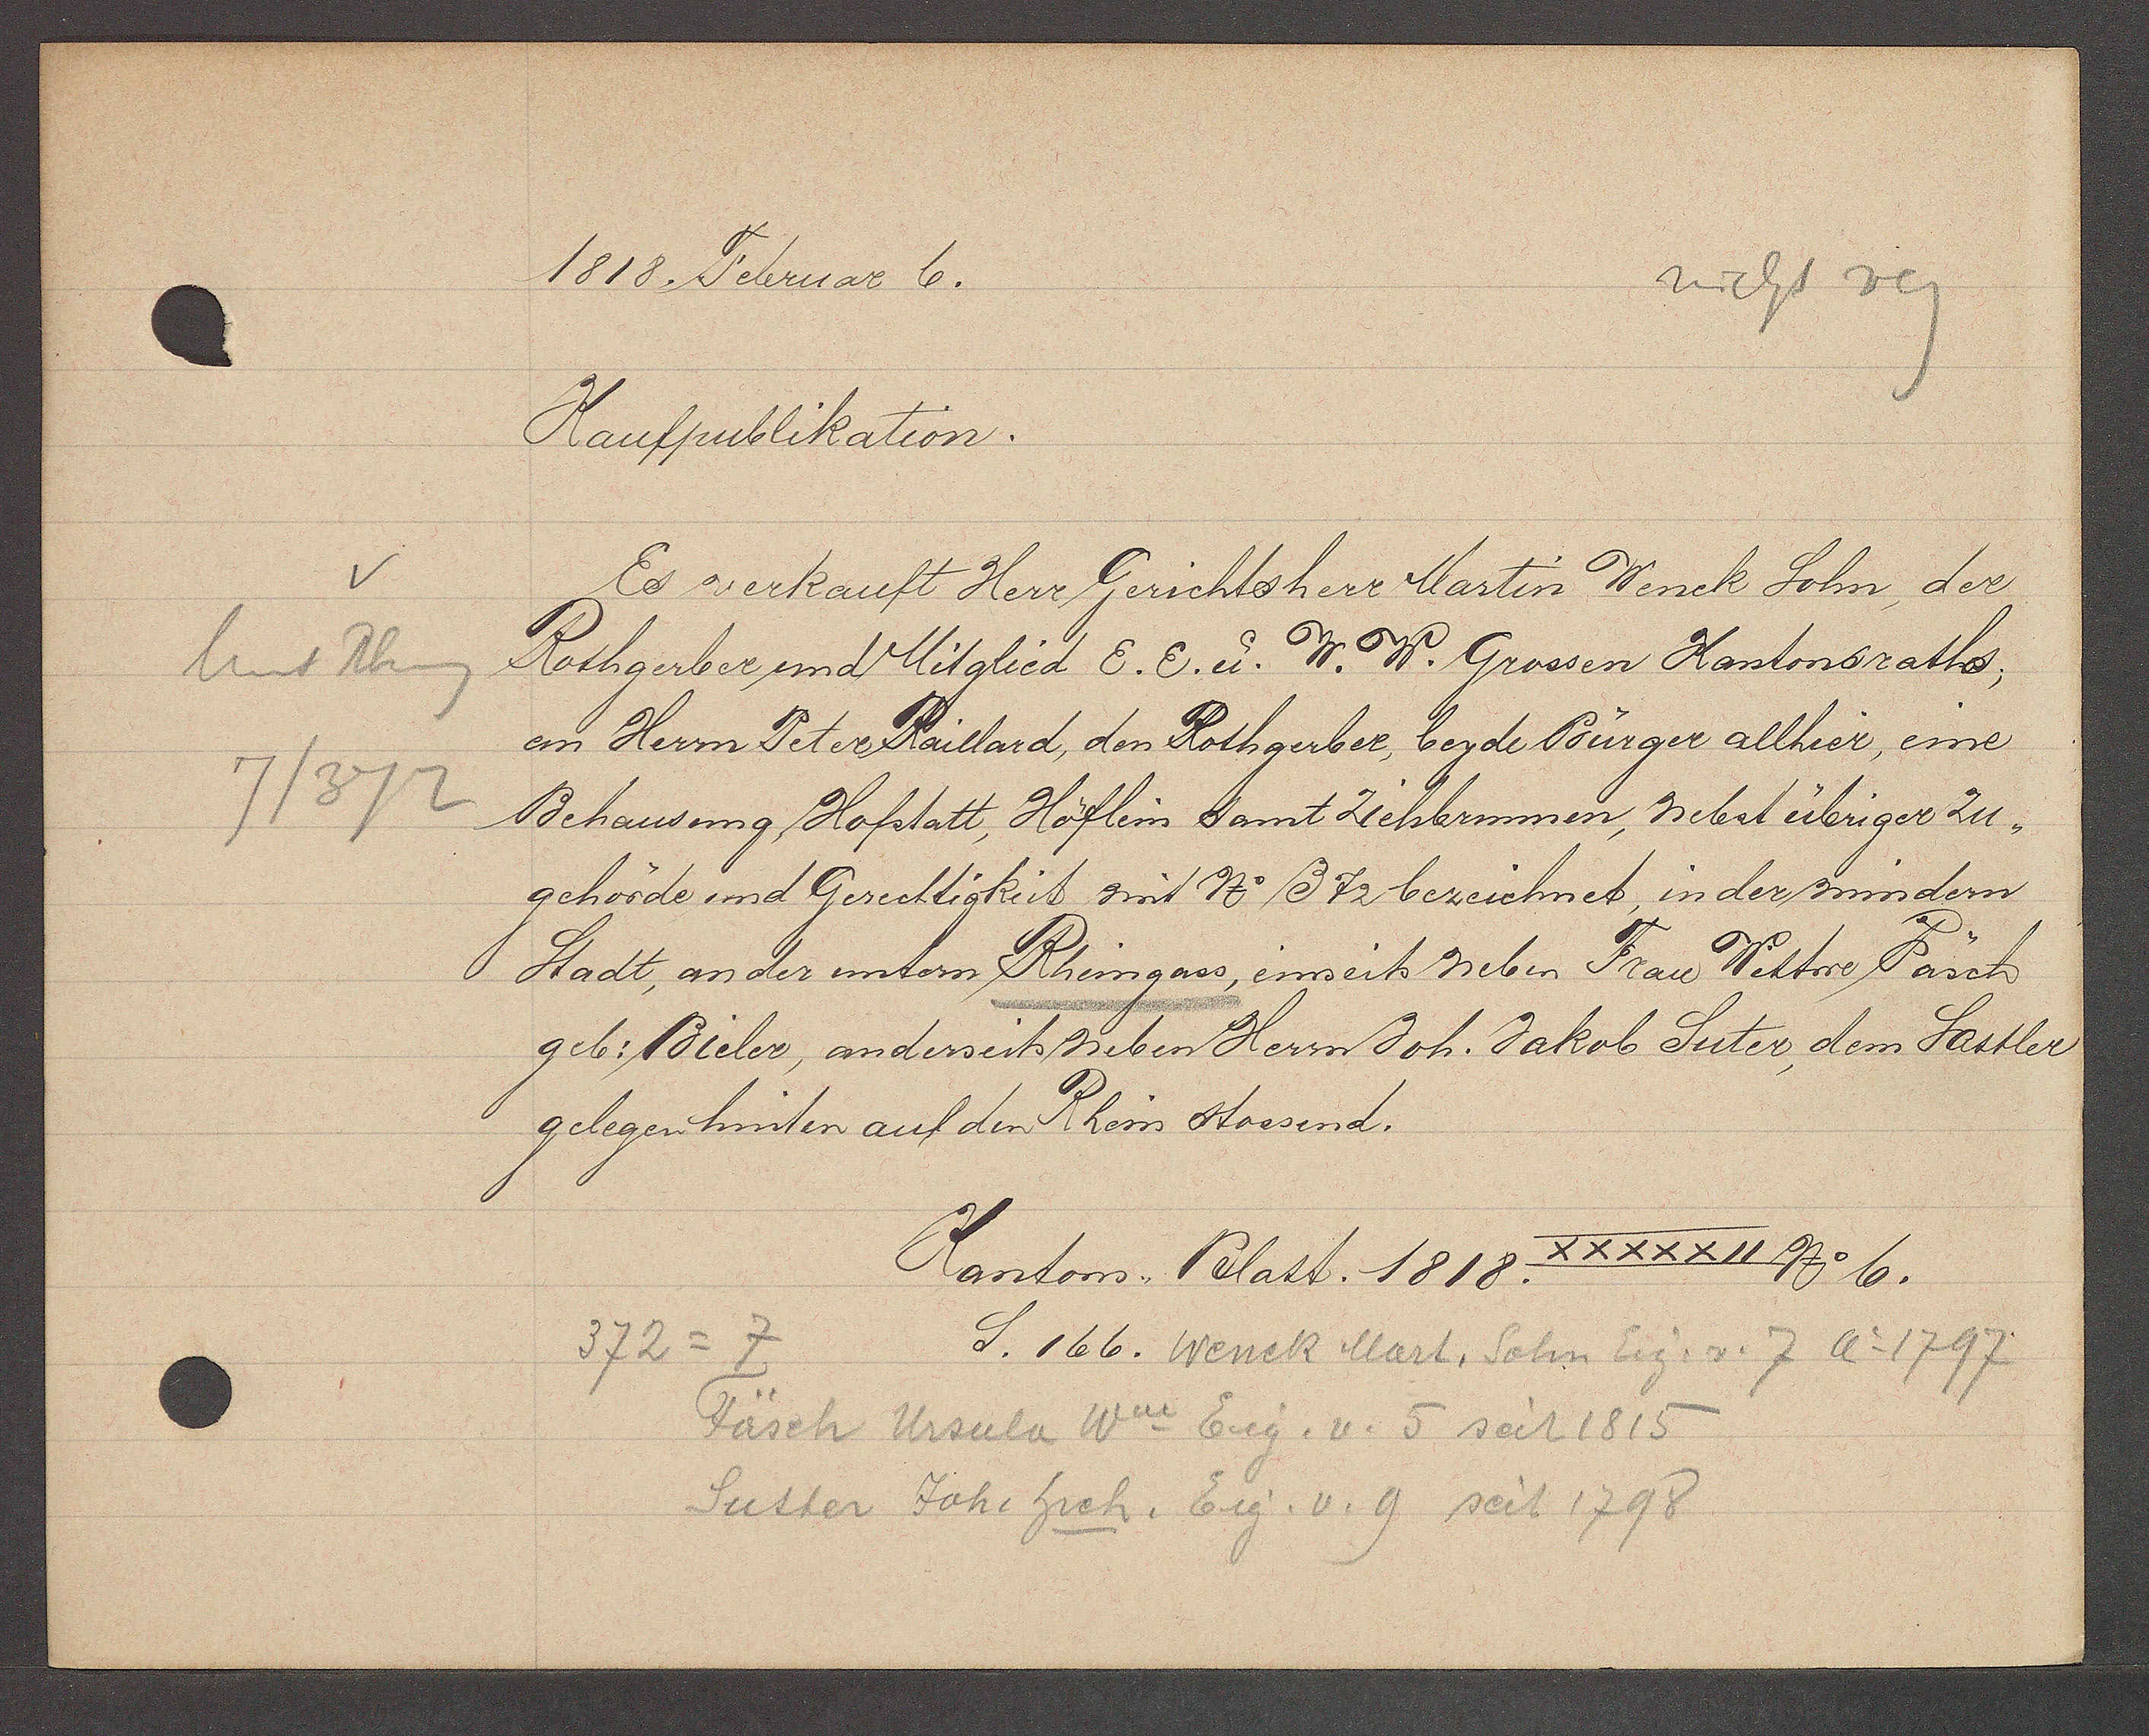
Transcript:
v
hint Rheing
7/372

1818. Februar 6.

Kaufpublikation.
Es verkauft Herr Gerichtsherr Martin Wenck Sohn, der
Rothgerber und Mitglied E. E. u. W. W. Grossen Kantonsraths;
an Herrn Peter Raillard, der Rothgerber, beyde Bürger allhier, eine
Behausung, Hofstatt, Höflein samt Ziehbrunnen, nebst übriger Zu¬
gehörde und Gerechtigkeit mit N ß 72 berzeichnet, in der mindern
Stadt, an der umtern Rheingass, einseits neben Frau Wittwe Päsch
geb: Bieler, anderseits neben Herrn Joh. Jakob Suter, dem Sattler
gelegen hinten auf den Rhein stossend.
XXXXXII No 6.

Kantons, Blatt. 1818.
S. 166.

372 = 7
Wenck Mart, Sohn Eig. v. 7 Ao 1797
Fäsch Ursula Ww Eig. v. 5 seit 1815
Sutter Joh. hrch. Eig. v. 9 seit 1798